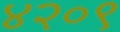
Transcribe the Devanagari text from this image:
४२०९